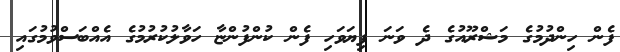
ފެން ހިންދުމުގެ މަޝްރޫއުގެ ދެ ވަނަ ފިޔަވަހި ފެން ކުންފުންޏާ ހަވާލުކުރުމުގެ އެއްބަސްވުމުގައި